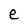
Character: e